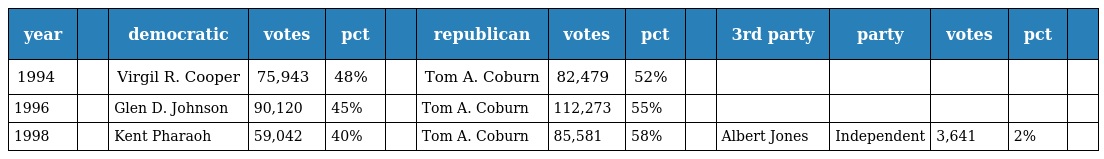
| year |  | democratic | votes | pct |  | republican | votes | pct |  | 3rd party | party | votes | pct |  |
 | --- | --- | --- | --- | --- | --- | --- | --- | --- | --- | --- | --- | --- | --- | --- |
 | 1994 |  | Virgil R. Cooper | 75,943 | 48% |  | Tom A. Coburn | 82,479 | 52% |  |  |  |  |  |  |
 | 1996 |  | Glen D. Johnson | 90,120 | 45% |  | Tom A. Coburn | 112,273 | 55% |  |  |  |  |  |  |
 | 1998 |  | Kent Pharaoh | 59,042 | 40% |  | Tom A. Coburn | 85,581 | 58% |  | Albert Jones | Independent | 3,641 | 2% |  |